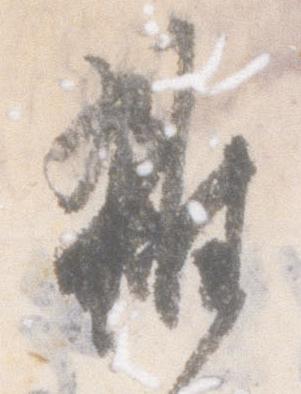
雑